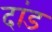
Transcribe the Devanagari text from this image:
दांड